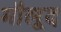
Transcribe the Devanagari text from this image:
मौलूद